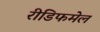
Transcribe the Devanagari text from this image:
रीडिफमेल